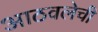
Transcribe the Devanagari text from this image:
आठवलेची